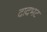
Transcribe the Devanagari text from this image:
दादभट